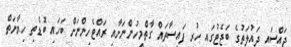
ޖައްސައި ދައުލަތުގެ ބަޖެޓުގައި ހުރި ފައިސާތައް ގާތްމީހުންނަށާއި ރައްޓެހިންނަށް ބަހައި ބޮޑެތި ހިޔާނަތް